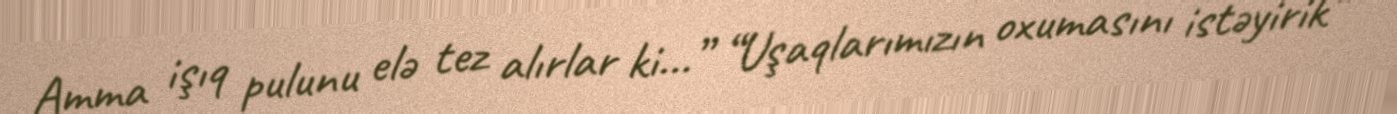
Amma işıq pulunu elə tez alırlar ki...” “Uşaqlarımızın oxumasını istəyirik”